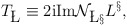
\begin{align*} T_{{\bf \L}} \equiv 2{\rm i} {\rm Im }{\cal N}_{{\bf \L}{\bf \S}}L^{{\bf \S}} ,\end{align*}